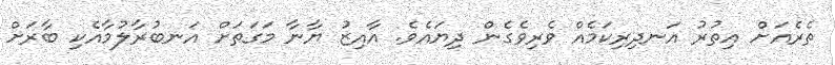
ތެރެއަށް އިތުރު އަނދިރިކަމެއް ވެރިވެގެން ދިޔައެވެ. އާއިޒު ޔާނާ މަގަތަށް އަނބުރާލުމާއެކި ބާރަށް